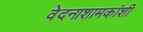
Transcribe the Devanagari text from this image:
वेदनाशामकांशी